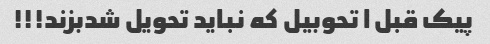
پیک قبل ا تحوبیل که نباید تحویل شدبزند!!!